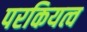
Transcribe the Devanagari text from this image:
परकियत्व